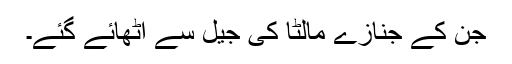
جن کے جنازے مالٹا کی جیل سے اٹھائے گئے۔